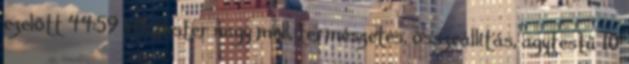
ezelőtt 44:59 xHamster nagy mell, természetes, összeállítás, agytestű 10